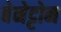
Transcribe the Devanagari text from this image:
बेनेट्टोन